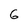
Character: 6